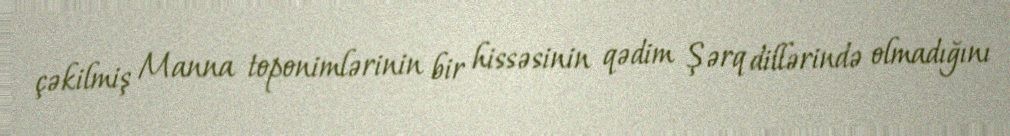
çəkilmiş Manna toponimlərinin bir hissəsinin qədim Şərq dillərində olmadığını